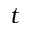
t